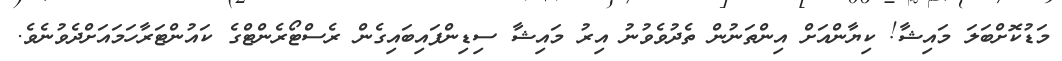
މަޑުކޮށްބަލަ މައިޝާ! ކިޔާންއަށް އިންތަނުން ތެދުވެވުނު އިރު މައިޝާ ސިޑިންފައިބައިގެން ރެސްޓޯރެންޓްގެ ކައުންޓަރާހަމައަށްދެވުނެވެ.